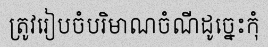
ត្រូវរៀបចំបរិមាណចំណីដូច្នេះកុំ